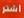
اشر